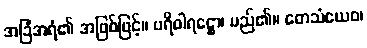
အခြံအရံ၏ အဖြစ်ဖြင့်။ ပရိဝါရဋ္ဌော၊ မည်၏။ တေသံယေဝ၊